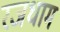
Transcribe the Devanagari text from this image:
रजधाम